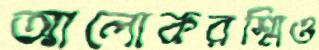
আলোকরশ্মিও